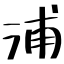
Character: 浦